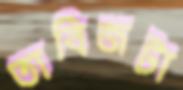
তাবিজটা